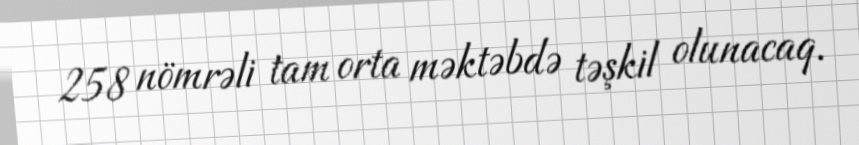
258 nömrəli tam orta məktəbdə təşkil olunacaq.